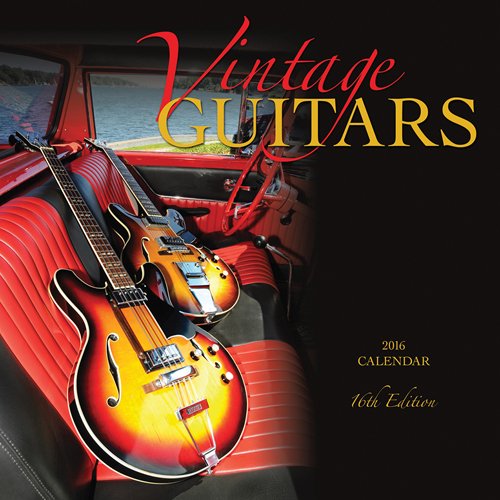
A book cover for Vintage Guitars 2016 Square 12x12 Wyman; Browntrout Publishers; Calendars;